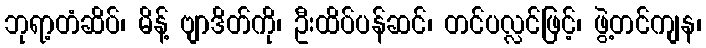
ဘုရာ့တံဆိပ်၊ မိန့် ဗျာဒိတ်ကို၊ ဦးထိပ်ပန်ဆင်၊ တင်ပလ္လင်ဖြင့်၊ ဖွဲ့တင်ကျန၊